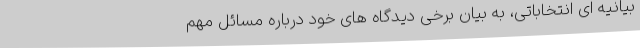
بیانیه ای انتخاباتی، به بیان برخی دیدگاه های خود درباره مسائل مهم